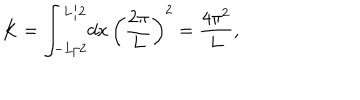
K = \int _ { - L / 2 } ^ { L / 2 } \! d x \, \left( \frac { 2 \pi } { L } \right) ^ { 2 } = \frac { 4 \pi ^ { 2 } } L ,